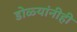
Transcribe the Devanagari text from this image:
डोळ्यांनीही